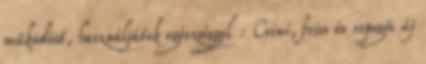
működést, használjátok egészséggel : Csini, friss és ropogós új